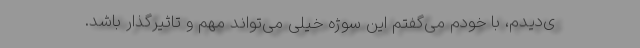
ی‌دیدم، با خودم می‌گفتم این سوژه خیلی می‌تواند مهم و تاثیرگذار باشد.